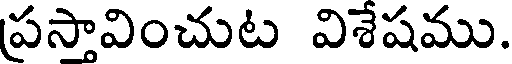
ప్రసావించుట విశేషము.